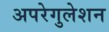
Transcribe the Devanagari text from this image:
अपरेगुलेशन